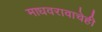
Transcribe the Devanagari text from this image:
माधवरावाचेही